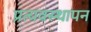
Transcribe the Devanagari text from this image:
प्रत्यवस्थापन